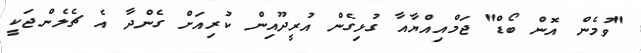
"ވުމެން އޮން ބޯޑް" ޖަމްއިއްޔާއާ ގުޅިގެން އުރީދޫއިން ކުރިއަށް ގެންދާ އެ ޗެލެންްޖަކީ